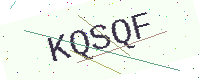
Text: KQSQF